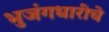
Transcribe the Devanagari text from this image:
भुजंगधारीचे